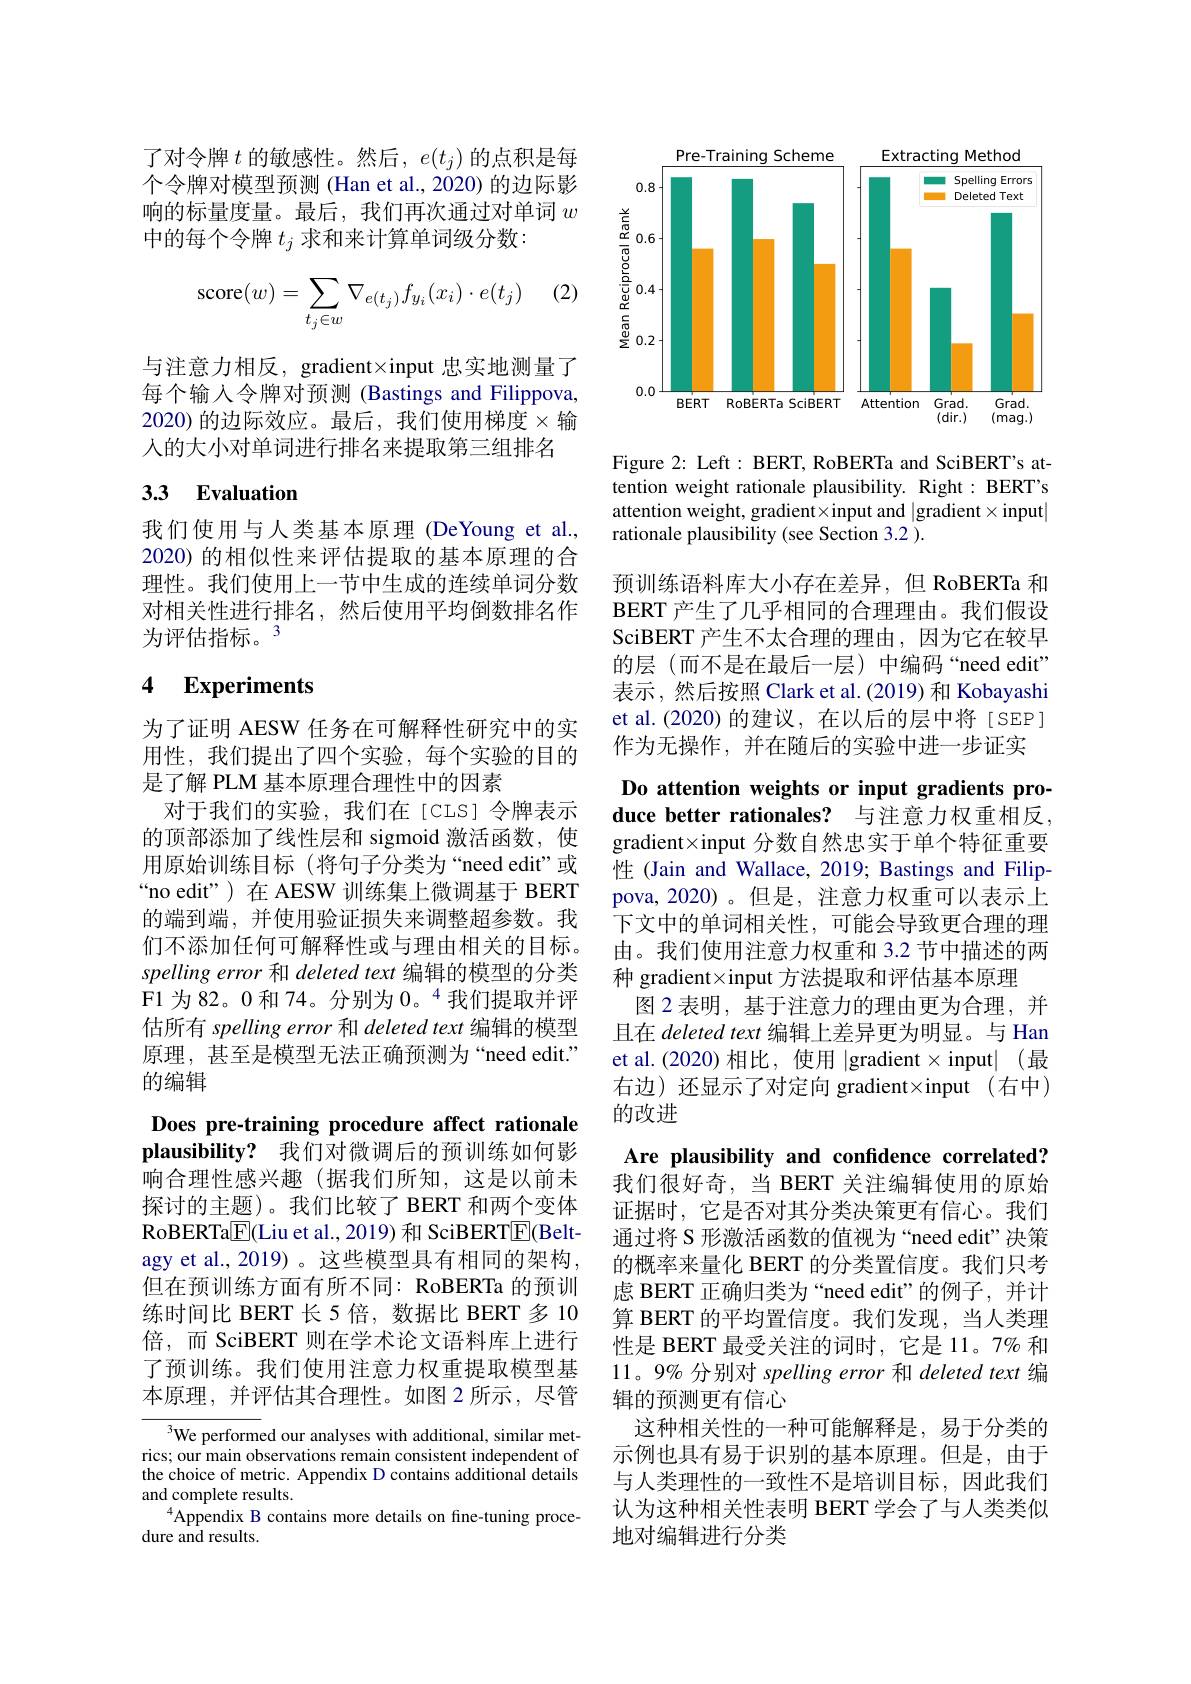
了对令牌$t$的敏感性。然后，$e(t_j)$的点积是每个令牌对模型预测 (Han et al., 2020) 的边际影响的标量度量。最后，我们再次通过对单词$w$ 中的每个令牌$t_j$求和来计算单词级分数：

(2)
$$\text{score}(w)=\sum\limits_{t_j\in w}\nabla_{e(t_j)}f_{y_i}(x_i)\cdot e(t_j)$$
与注意力相反，gradient×input 忠实地测量了每个输入令牌对预测 (Bastings and Filippova, 2020)的边际效应。最后，我们使用梯度$\times$输人的大小对单词进行排名来提取第三组排名

# 33 Evaluation

我们使用与人类基本原理(DeYoung et al., 2020) 的相似性来评估提取的基本原理的合理性。我们使用上一节中生成的连续单词分数对相关性进行排名，然后使用平均倒数排名作为评估指标。3

## 4 Experiments

为了证明 AESW 任务在可解释性研究中的实用性，我们提出了四个实验，每个实验的目的是了解 PLM 基本原理合理性中的因素
对于我们的实验，我们在[CLS]令牌表示的顶部添加了线性层和 sigmoid 激活函数，使用原始训练目标 (将句子分类为“need edit”或“no edit”)在 AESW 训练集上微调基于 BERT 的端到端，并使用验证损失来调整超参数。我们不添加任何可解释性或与理由相关的目标。spelling error 和 deleted text 编辑的模型的分类F1 为 82。0 和 74。分别为0。“我们提取并评估所有 spelling error 和 deleted text 编辑的模型原理，甚至是模型无法正确预测为“need edit.” 的编辑

Does pre-training procedure affect rationale $\textbf{plausibility? }$ 我们对微调后的预训练如何影响合理性感兴趣(据我们所知，这是以前未探讨的主题)。我们比较了 BERT 和两个变体RoBERTa$\underline{\mathrm{E}}($Liu et al., 2019) 和 SciBERT$\underline{\mathrm{E}}($Beltagy et al., 2019) 。这些模型具有相同的架构， 但在预训练方面有所不同：RoBERTa 的预训练时间比 BERT 长 5 倍，数据比 BERT 多 10倍，而 SciBERT 则在学术论文语料库上进行了预训练。我们使用注意力权重提取模型基本原理，并评估其合理性。如图 2 所示，尽管

$^{3}$We performed our analyses with additional, similar metrics; our main observations remain consistent independent of the choice of metric. Appendix D contains additional details and complete results.
$^{4}$Appendix B contains more details on fine-tuning proce-
dure and results.

<FigureHere>

Figure 2: Left : BERT, RoBERTa and SciBERT's attention weight rationale plausibility. Right: BERT's attention weight, gradient×input and |gradient×input| rationale plausibility (see Section 3.2 ).

预训练语料库大小存在差异，但 RoBERTa 和BERT 产生了几乎相同的合理理由。我们假设SciBERT 产生不太合理的理由，因为它在较早的层(而不是在最后一层)中编码“need edit” 表示，然后按照 Clark et al.(2019) 和 Kobayashi et al.(2020)的建议，在以后的层中将[SEP] 作为无操作，并在随后的实验中进一步证实

Do attention weights or input gradients produce better rationales? 与注意力权重相反， gradient×input 分数自然忠实于单个特征重要性 (Jain and Wallace, 2019; Bastings and Filippova, 2020)。但是，注意力权重可以表示上下文中的单词相关性，可能会导致更合理的理由。我们使用注意力权重和 3.2 节中描述的两种 gradient×input 方法提取和评估基本原理
图 2 表明，基于注意力的理由更为合理，并且在 deleted text 编辑上差异更为明显。与 Han et al.(2020) 相比，使用|gradient$\times$input|(最右边)还显示了对定向 gradient×input(右中) 的改进
Are plausibility and confidence correlated? 我们很好奇，当 BERT 关注编辑使用的原始证据时，它是否对其分类决策更有信心。我们通过将 S 形激活函数的值视为“need edit”决策的概率来量化 BERT 的分类置信度。我们只考虑 BERT 正确归类为“need edit”的例子，并计算 BERT 的平均置信度。我们发现，当人类理性是 BERT 最受关注的词时，它是 11。7% 和11。9% 分别对 spelling error 和 deleted text 编辑的预测更有信心
这种相关性的一种可能解释是，易于分类的示例也具有易于识别的基本原理。但是，由于与人类理性的一致性不是培训目标，因此我们认为这种相关性表明 BERT 学会了与人类类似地对编辑进行分类